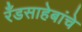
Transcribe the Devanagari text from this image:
रँडसाहेबांचे